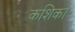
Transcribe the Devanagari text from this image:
कशिका